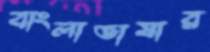
বাংলাভাষার